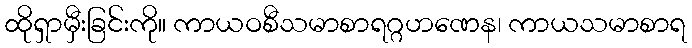
ထိုရှာမှီးခြင်းကို။ ကာယဝစီသမာစာရဂ္ဂဟဏေန၊ ကာယသမာစာရ